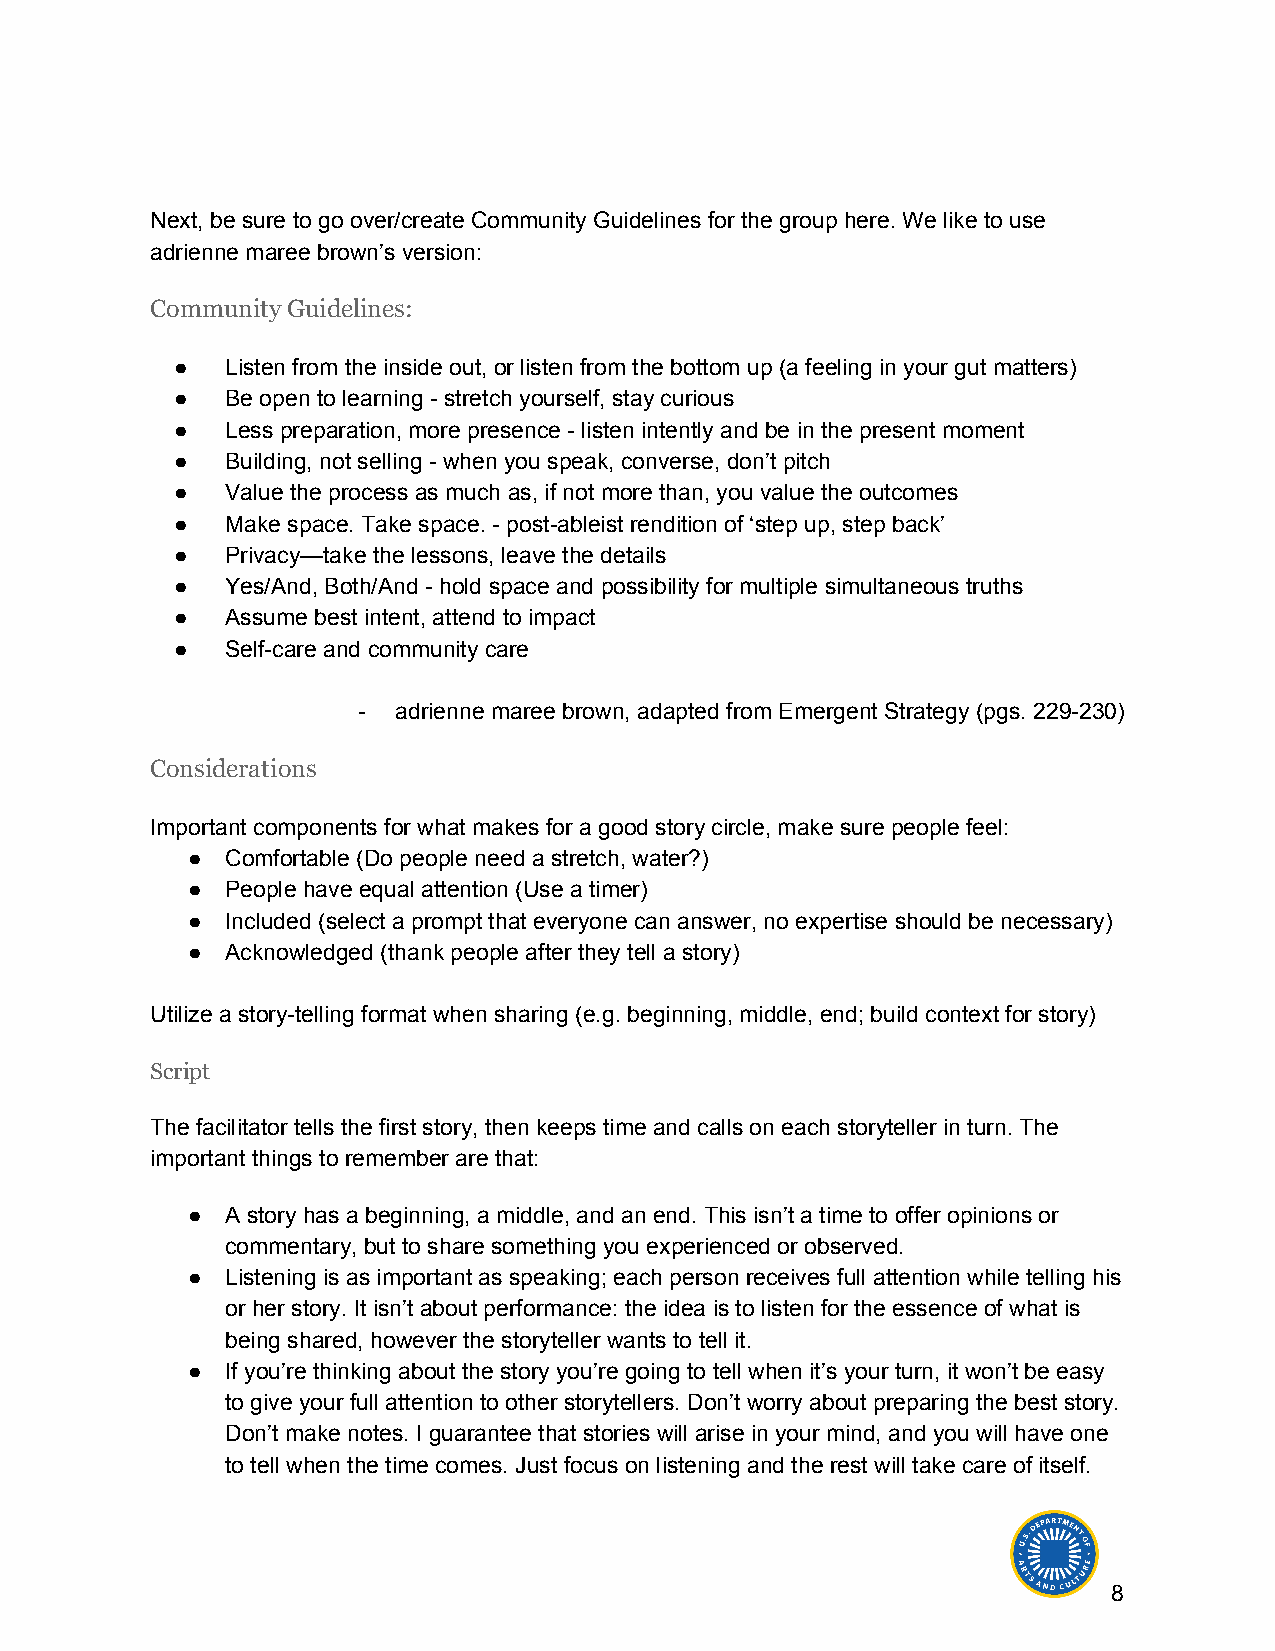
Next, be sure to go over/create Community Guidelines for the group here. We like to use
 adrienne maree brown’s version:
 Community Guidelines:
 ●   Listen from the inside out, or listen from the bottom up (a feeling in your gut matters)
 ●   Be open to learning - stretch yourself, stay curious
 ●   Less preparation, more presence - listen intently and be in the present moment
 ●   Building, not selling - when you speak, converse, don’t pitch
 ●   Value the process as much as, if not more than, you value the outcomes
 ●   Make space. Take space. - post-ableist rendition of ‘step up, step back’
 ●   Privacy—take the lessons, leave the details
 ●   Yes/And, Both/And - hold space and possibility for multiple simultaneous truths
 ●   Assume best intent, attend to impact
 ●   Self-care and community care
 ●
 - adrienne maree brown, adapted from Emergent Strategy (pgs. 229-230)
 Considerations
 Important components for what makes for a good story circle, make sure people feel:
 ●  Comfortable (Do people need a stretch, water?)
 ●  People have equal attention (Use a timer)
 ●  Included (select a prompt that everyone can answer, no expertise should be necessary)
 ●  Acknowledged (thank people after they tell a story)
 Utilize a story-telling format when sharing (e.g. beginning, middle, end; build context for story)
 Script
 The facilitator tells the first story, then keeps time and calls on each storyteller in turn. The
 important things to remember are that:
 ●  A story has a beginning, a middle, and an end. This isn’t a time to offer opinions or
 commentary, but to share something you experienced or observed.
 ●  Listening is as important as speaking; each person receives full attention while telling his
 or her story. It isn’t about performance: the idea is to listen for the essence of what is
 being shared, however the storyteller wants to tell it.
 ●  If you’re thinking about the story you’re going to tell when it’s your turn, it won’t be easy
 to give your full attention to other storytellers. Don’t worry about preparing the best story.
 Don’t make notes. I guarantee that stories will arise in your mind, and you will have one
 to tell when the time comes. Just focus on listening and the rest will take care of itself.
 8